Report of the Bombay Plague Committee
Disease focus: Plague
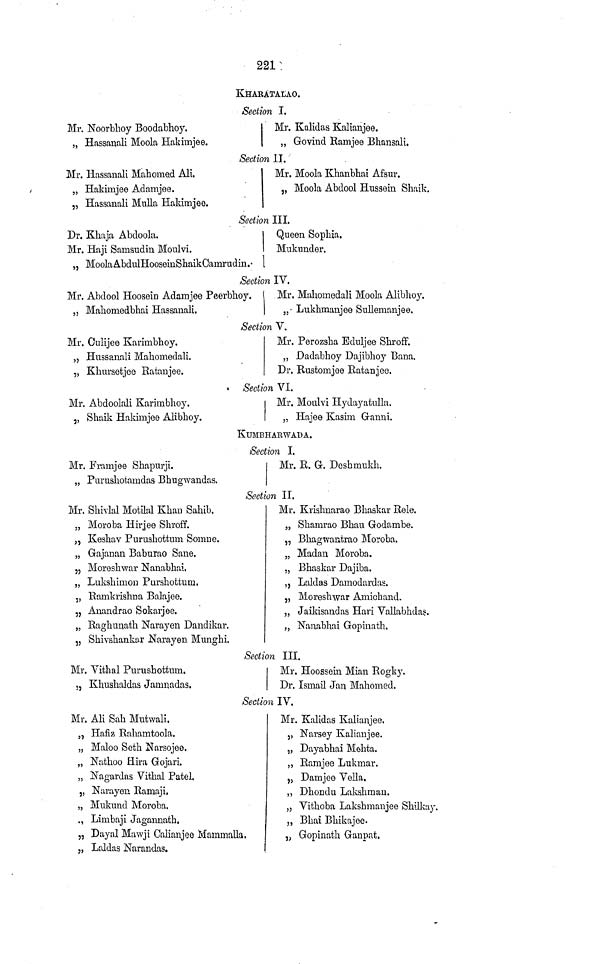
221
Mr. JSfoorbhoy Boodabhoy.
„ Hassanali Moola Hakimjee.
Mr. Hassanali Mahomed Ali.
„ Hakimjee Adamjee.
„ Hassanali Mulla Hakinrjee.
Dr. Khaja Abcloola.
Mr. Haji Samsudin Moulvi,
KiaABATALAO.
Section I.
Mr. Kalidas Kalianjee.
„ Govind Ramjee Bhansali.
Section 11.
Mr. Moola Khanbhai Afsur.
„ Moola Abdool Hussein Shaik.
Section III.
Queen Sophia.
Muknnder.
„ MoolaAbdulHooseinShaikCamrudin.* I
Section IV.
Mr. Abdool Hoosein Adamjee Peerbhoy.
„ Mahomedbhai Hassanali.
Mr. Onlijee Karimbhoy.
„ Hussanali Mahomedali,
„ Klmrsetjee Rataujee.
Mr. Abdoolali Karimbhoy.
„ Shaik Hakimjee Alibhoy.
Mr. Framjee Shapurji.
„ Purushotamdas Bhugwandas.
Mr. Shivlal Motilal Khan Sahib.
„ Moroba Hirjee Shroff.
„ Keshav Purushottmn Somne.
„ Gajanan Baburao Sane.
, 5 Moreshwar Nanabhai,
,, Lukshimon Purshottura.
„ llamkrishna Balajee.
„ Anandrao Sokarjee.
„ Raghunath Narayen Dandikar.
„ Shivshankar Narayen Munghi.
Mr. Vithal Purushottmn.
,, Khushaldas Jamnadas.
Mr. Ali Sah Mntwali.
„ Hafiz Rahamtoola.
„ Maloo Seth Narsojee.
„ Nathoo Hira Gojari.
„ Nagardas Vithal Patel.
„ Narayen Ramaji.
„ Mnkund Moroba.
,, Limbaji Jagannath.
Mr. Mahomedali Moola Alibhoy.
„ Lukhmanjee Sullemanjee.
Section V.
Mr. Perozsha Eduljee ShrofF.
„ Dadabhoy Dajibhoy Bana.
Dr. Rustomjee Ratanjee.
Section VI.
Mr. Moulvi Hydayatulla.
„ Hajee Kasim Granni.
KUMBHARWADA.
Section I.
Mr. R. G. Deshmukh.
Section II.
Mr. Krislmarao Bhaskar Rele.
„ Shamrao Bhau Godambe.
3 , Bhagwantrao ]\Ioroba.
„ Madan Moroba.
„ Bhaskar Dajiba.
,, Laldas Damodardas.
„ Moreshwar Amichand.
„ Jaikisandas Hari Vallabhda?.
„ Nanabhai Gopinath.
Section III.
Mr. Hoossein Mian Rogky.
Dr. Ismail Jan Mahomed.
Section IV.
„ Dayal Mawji Calianjee Mammalia.
„ Laldas Narandas.
Mr. Kalidas Kalianjee.
,, Narsey Kalianjee.
„ Dayabhai Mehta.
„ Ramjee Lukinar.
„ Damjee Vella.
,, Dhonclu Lakshman.
„ Vithoba Lakshmanjee Shilkay.
„ Bhai Bhikajee.
,j Gopinath Ganpat.